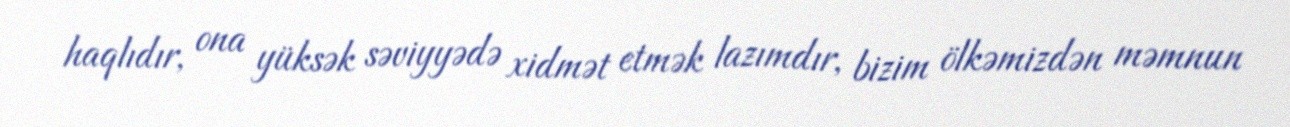
haqlıdır, ona yüksək səviyyədə xidmət etmək lazımdır, bizim ölkəmizdən məmnun